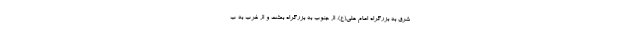
شرق به بزرگراه امام علی(ع)، از جنوب به بزرگراه بعثت و از غرب به ب